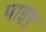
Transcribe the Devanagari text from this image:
पाइए